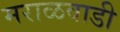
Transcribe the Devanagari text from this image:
मराळवाडी